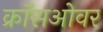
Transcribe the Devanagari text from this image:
क्राॅसओवर